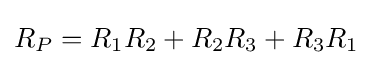
R_{P}=R_{1}R_{2}+R_{2}R_{3}+R_{3}R_{1}